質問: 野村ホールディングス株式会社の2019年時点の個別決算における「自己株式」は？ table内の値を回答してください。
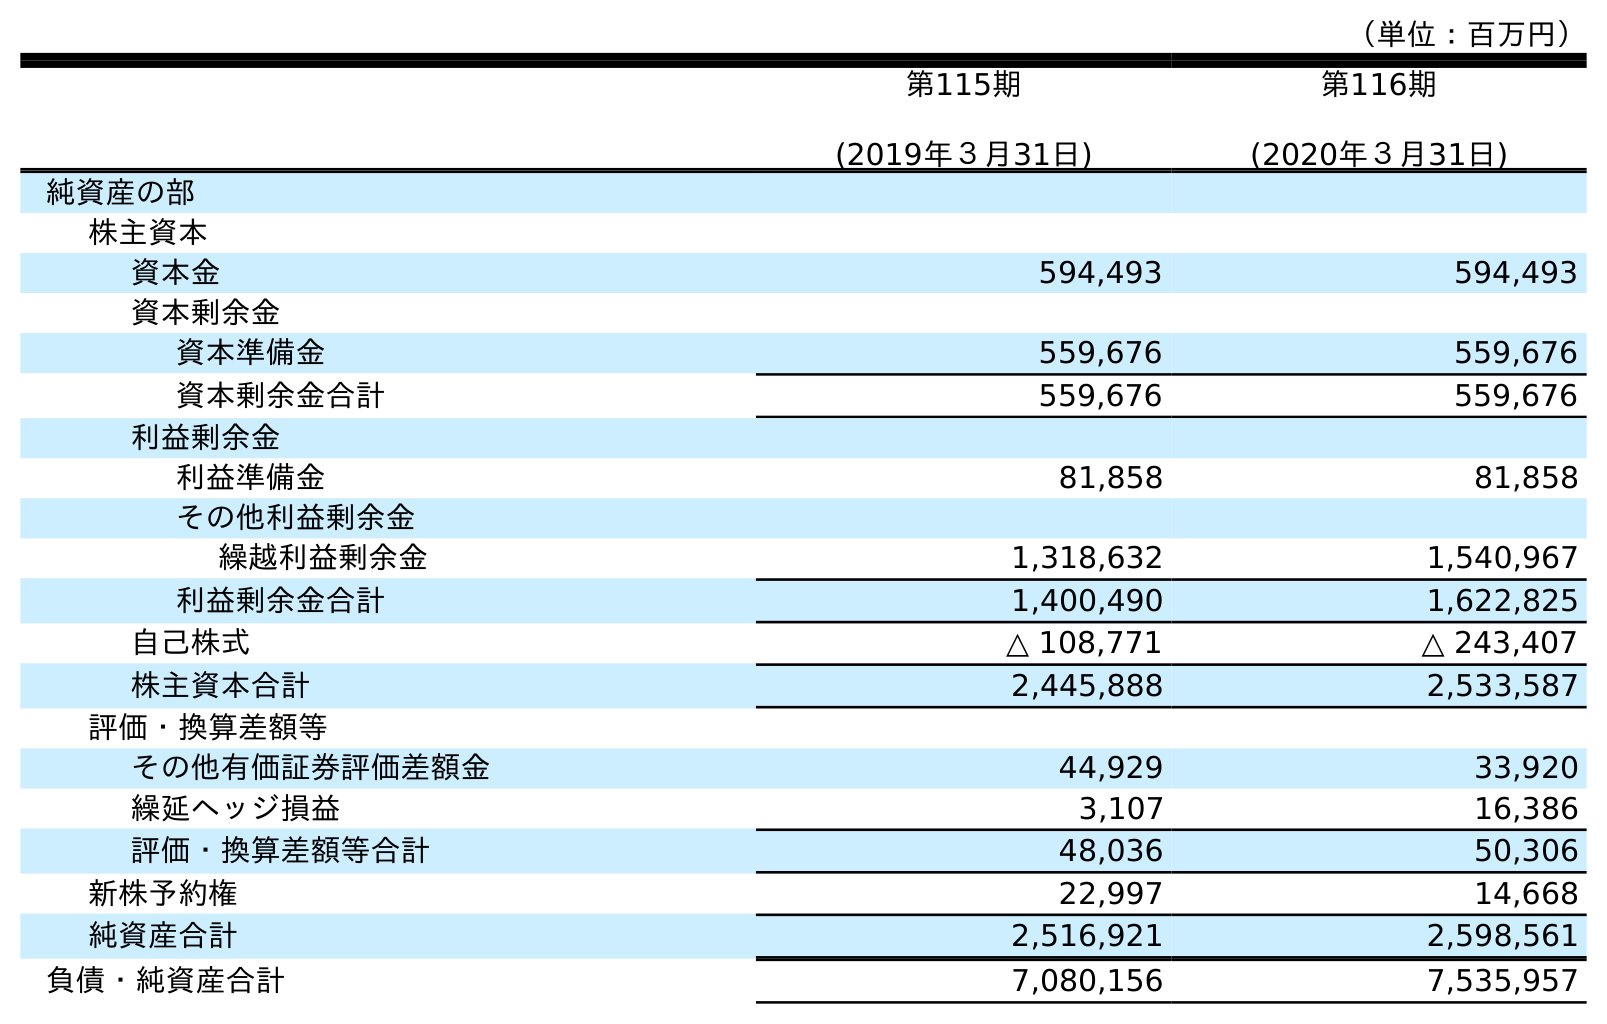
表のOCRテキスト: （単位：百万円） 第115期 (2019年３月31日) 第116期 (2020年３月31日) 純資産の部 株主資本 資本金 594,493 594,493 資本剰余金 資本準備金 559,676 559,676 資本剰余金合計 559,676 559,676 利益剰余金 利益準備金 81,858 81,858 その他利益剰余金 繰越利益剰余金 1,318,632 1,540,967 利益剰余金合計 1,400,490 1,622,825 自己株式 △ 108,771 △ 243,407 株主資本合計 2,445,888 2,533,587 評価・換算差額等 その他有価証券評価差額金 44,929 33,920 繰延ヘッジ損益 3,107 16,386 評価・換算差額等合計 48,036 50,306 新株予約権 22,997 14,668 純資産合計 2,516,921 2,598,561 負債・純資産合計 7,080,156 7,535,957
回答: △108,771